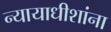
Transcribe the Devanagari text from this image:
न्यायाधीशांना